Report of the Indian Hemp Drugs Commission, 1894-1895 - Volume VIII
Year: 1894
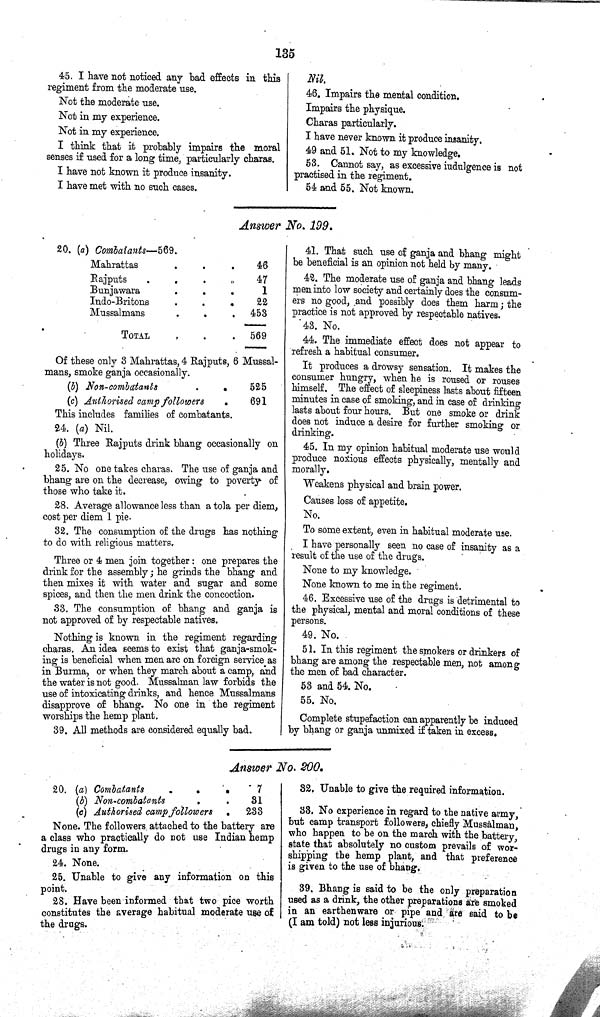
135
45. I have not noticed any bad effects in this
regiment from the moderate use.
Not the moderate use.
Not in my experience.
Not in my experience.
I think that it probably impairs the moral
senses if used for a long time, particularly charas.
I have not known it produce insanity.
I have met with no such cases.
Nil.
46. Impairs the mental condition.
Impairs the physique.
Charas particularly.
I have never known it produce insanity.
49 and 51. Not to my knowledge.
53. Cannot say, as excessive iudulgence is not
practised in the regiment.
54 and 55. Not known.
Answer No. 199.
20. (a) Combatants—569.
Mahrattas
46
Rajputs
47
Bunjawara
1
Indo-Britons
22
Mussalmans
453
TOTAL
569
Of these only 3 Mahrattas, 4 Rajputs, 6 Mussal-
mans, smoke ganja occasionally.
(b) Non-combatants
525
(c) Authorised camp followers
691
This includes families of combatants.
24. (a) Nil.
(b) Three Rajputs drink bhang occasionally on
holidays.
25. No one takes charas. The use of ganja and
bhang are on the decrease, owing to poverty of
those who take it.
28. Average allowance less than a tola per diem,
cost per diem 1 pie.
32. The consumption of the drugs has nothing
to do with religious matters.
Three or 4 men join together: one prepares the
drink for the assembly; he grinds the bhang and
then mixes it with water and sugar and some
spices, and then the men drink the concoction.
33. The consumption of bhang and ganja is
not approved of by respectable natives.
Nothing is known in the regiment regarding
charas. An idea seems to exist that ganja-smok-
ing is beneficial when men are on foreign service as
in Burma, or when they march about a camp, and
the water is not good. Mussalman law forbids the
use of intoxicating drinks, and hence Mussalmans
disapprove of bhang. No one in the regiment
worships the hemp plant.
39. All methods are considered equally bad.
41. That such use of ganja and bhang might
be beneficial is an opinion not held by many.
42. The moderate use of ganja and bhang leads
men into low society and certainly does the consum¬
ers no good, and possibly does them harm; the
practice is not approved by respectable natives.
43. No.
44. The immediate effect does not appear to
refresh a habitual consumer.
It produces a drowsy sensation. It makes the
consumer hungry, when he is roused or rouses
himself. The effect of sleepiness lasts about fifteen
minutes in case of smoking, and in case of drinking
lasts about four hours. But one smoke or drink
does not induce a desire for further smoking or
drinking.
45. In my opinion habitual moderate use would
produce noxious effects physically, mentally and
morally.
Weakens physical and brain power.
Causes loss of appetite.
No.
To some extent, even in habitual moderate use.
I have personally seen no case of insanity as a
result of the use of the drugs.
None to my knowledge.
None known to me in the regiment.
46. Excessive use of the drugs is detrimental to
the physical, mental and moral conditions of these
persons.
49. No.
51. In this regiment the smokers or drinkers of
bhang are among the respectable men, not among
the men of bad character.
53 and 54. No.
55. No.
Complete stupefaction can apparently be induced
by bhang or ganja unmixed if taken in excess.
Answer No. 200.
20. (a) Combatants
7
(b) Non-combatants
31
(c) Authorised camp followers
233
None. The followers attached to the battery are
a class who practically do not use Indian hemp
drugs in any form.
24. None.
25. Unable to give any information on this
point.
28. Have been informed that two pice worth
constitutes the average habitual moderate use of
the drugs.
32. Unable to give the required information.
33. No experience in regard to the native army,
but camp transport followers, chiefly Mussalman,
who happen to be on the march with the battery,
state that absolutely no custom prevails of wor¬
shipping the hemp plant, and that preference
is given to the use of bhang.
39. Bhang is said to be the only preparation
used as a drink, the other preparations are smoked
in an earthenware or pipe and are said to be
(I am told) not less injurious.